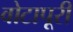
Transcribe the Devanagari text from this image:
वोटापूरी